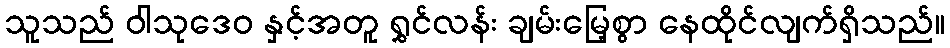
သူသည် ဝါသုဒေဝ နှင့်အတူ ရွှင်လန်း ချမ်းမြေ့စွာ နေထိုင်လျက်ရှိသည်။